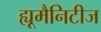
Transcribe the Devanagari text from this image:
ह्यूमैनिटीज